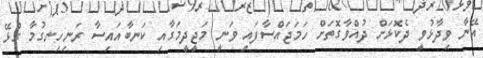
އޭނާ ވިދާޅުވީ ދެކޮޅަށް ދުއްވާގޮތަށް ހަމަޖައްސާފައި ވަނީ މަޖީދީމަގާއި ކަނބާއައިސާ ރަނިހިނގުމާ ގުޅޭ